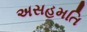
અસહમતિ